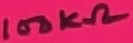
Text: 100KΩ